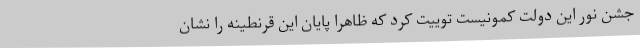
جشن نور این دولت کمونیست توییت کرد که ظاهرا پایان این قرنطینه را نشان